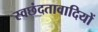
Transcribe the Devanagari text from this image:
स्वछंदतावादियों